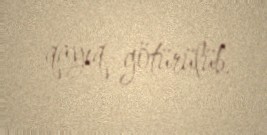
qayıq götürülüb.